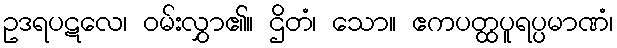
ဥဒရပဋလေ၊ ဝမ်းလွှာ၏။ ဌိတံ၊ သော။ ဧကပတ္ထပူရပ္ပမာဏံ၊